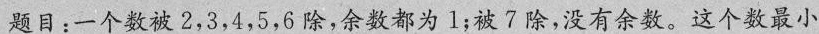
题目：一个数被2，3，4，5，6除，余数都为l；被7除，没有余数。这个数最小